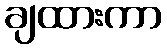
ချထားကာ